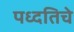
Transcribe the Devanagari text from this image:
पध्दतिचे